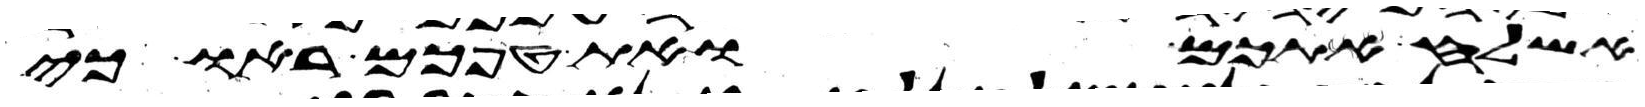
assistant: אשלח אתכם ואת טפכם ראו כי